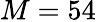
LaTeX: M=54